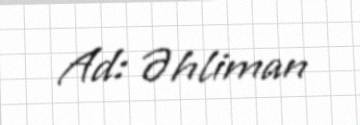
Ad: Əhliman